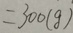
= 3 0 0 ( g )